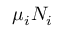
\mu _ { i } N _ { i }